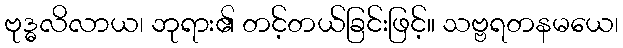
ဗုဒ္ဓလိလာယ၊ ဘုရား၏ တင့်တယ်ခြင်းဖြင့်။ သဗ္ဗရတနမယေ၊